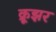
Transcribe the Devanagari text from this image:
क्रूझर